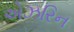
એઝરિન